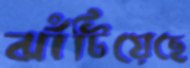
ঝাঁটিয়েছে